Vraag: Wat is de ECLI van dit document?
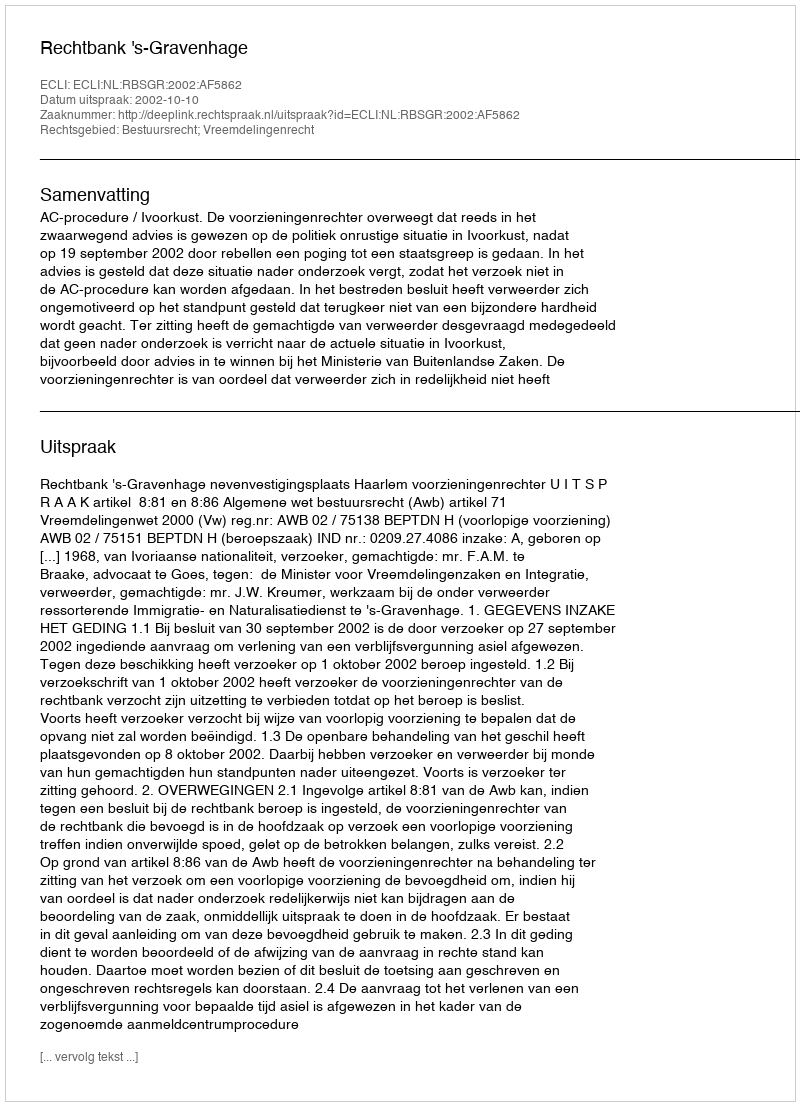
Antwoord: ECLI:NL:RBSGR:2002:AF5862